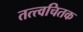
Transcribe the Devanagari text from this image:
तत्त्वचितक